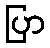
ပြာ